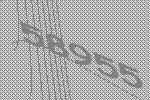
58955